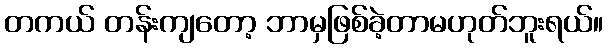
တကယ် တန်းကျတော့ ဘာမှဖြစ်ခဲ့တာမဟုတ်ဘူးရယ်။